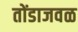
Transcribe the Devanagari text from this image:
तोंडाजवळ